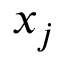
x _ { j }